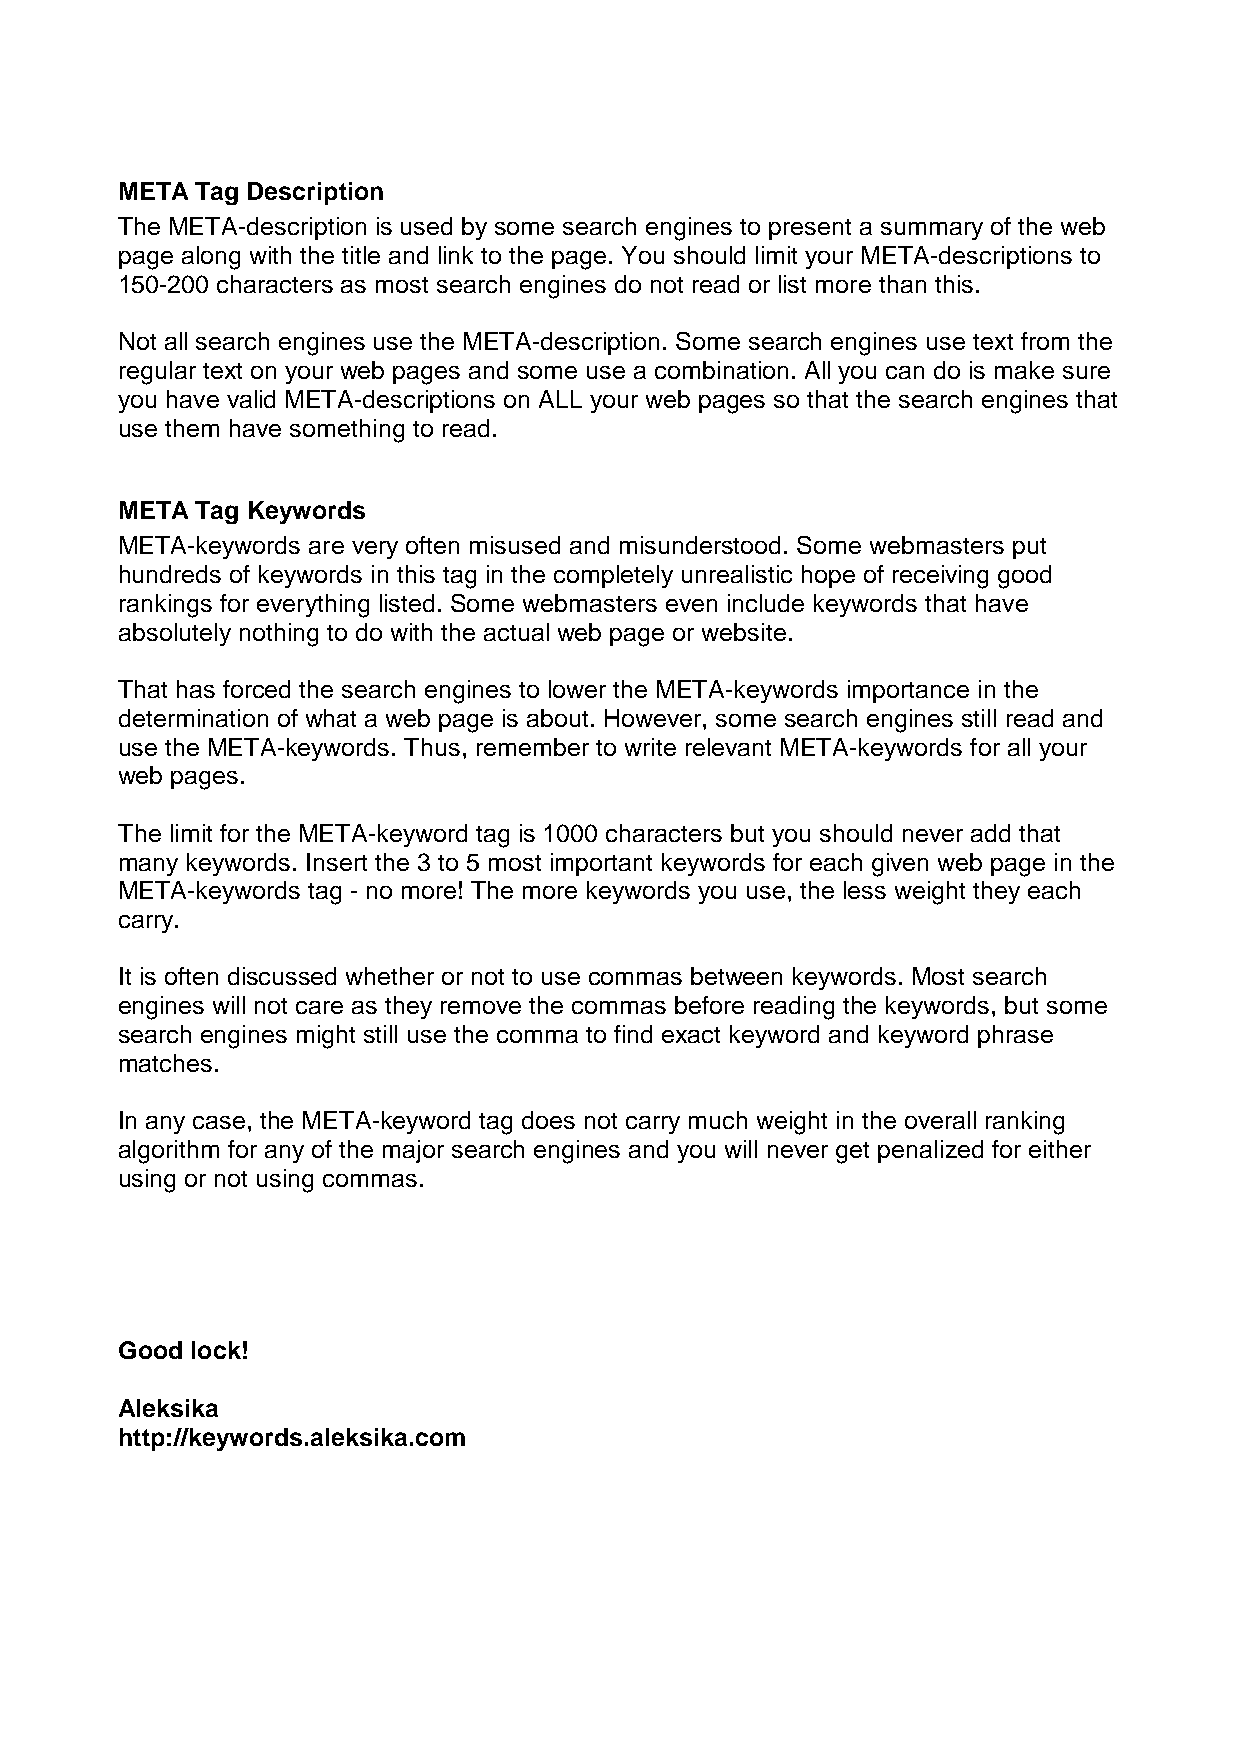
META Tag Description
 The META-description is used by some search engines to present a summary of the web
 page along with the title and link to the page. You should limit your META-descriptions to
 150-200 characters as most search engines do not read or list more than this.
 Not all search engines use the META-description. Some search engines use text from the
 regular text on your web pages and some use a combination. All you can do is make sure
 you have valid META-descriptions on ALL your web pages so that the search engines that
 use them have something to read.
 META Tag Keywords
 META-keywords are very often misused and misunderstood. Some webmasters put
 hundreds of keywords in this tag in the completely unrealistic hope of receiving good
 rankings for everything listed. Some webmasters even include keywords that have
 absolutely nothing to do with the actual web page or website.
 That has forced the search engines to lower the META-keywords importance in the
 determination of what a web page is about. However, some search engines still read and
 use the META-keywords. Thus, remember to write relevant META-keywords for all your
 web pages.
 The limit for the META-keyword tag is 1000 characters but you should never add that
 many keywords. Insert the 3 to 5 most important keywords for each given web page in the
 META-keywords tag - no more! The more keywords you use, the less weight they each
 carry.
 It is often discussed whether or not to use commas between keywords. Most search
 engines will not care as they remove the commas before reading the keywords, but some
 search engines might still use the comma to find exact keyword and keyword phrase
 matches.
 In any case, the META-keyword tag does not carry much weight in the overall ranking
 algorithm for any of the major search engines and you will never get penalized for either
 using or not using commas.
 Good lock!
 Aleksika
 http://keywords.aleksika.com